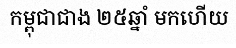
កម្ពុជាជាង ២៥ឆ្នាំ មកហើយ